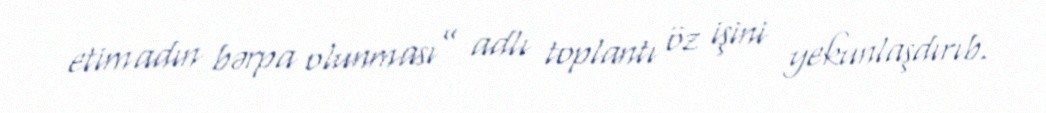
etimadın bərpa olunması” adlı toplantı öz işini yekunlaşdırıb.